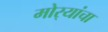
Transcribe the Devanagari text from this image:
मोर्‍यांचा